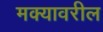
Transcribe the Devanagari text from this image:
मक्यावरील